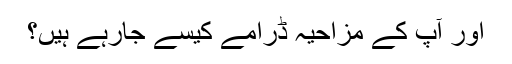
اور آپ کے مزاحیہ ڈرامے کیسے جارہے ہیں؟